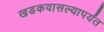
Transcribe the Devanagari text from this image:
खडकवासल्यापर्यंत